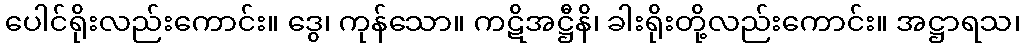
ပေါင်ရိုးလည်းကောင်း။ ဒွေ၊ ကုန်သော။ ကဋိအဋ္ဌီနိ၊ ခါးရိုးတို့လည်းကောင်း။ အဋ္ဌာရသ၊